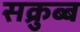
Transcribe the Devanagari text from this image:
सक्रुब्ब